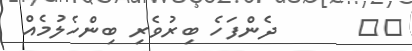
٧٨       ދެންފަހެ ބިރުވެރި ބިންހެލުމެއް